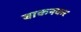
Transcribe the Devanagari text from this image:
बाकनकर